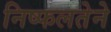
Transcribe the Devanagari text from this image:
निष्फलतेने